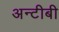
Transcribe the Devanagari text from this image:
अन्टीबी